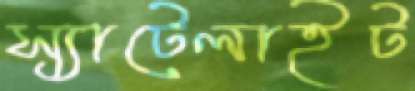
স্যাটেলাইট